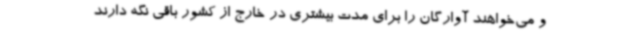
و می‌خواهند آوارگان را برای مدت بیشتری در خارج از کشور باقی نگه دارند